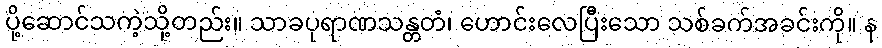
ပို့ဆောင်သကဲ့သို့တည်း။ သာခပုရာဏသန္တတံ၊ ဟောင်းလေပြီးသော သစ်ခက်အခင်းကို။ န